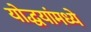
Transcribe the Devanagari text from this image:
योद्धयांमध्ये